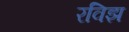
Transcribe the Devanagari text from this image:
रविझ